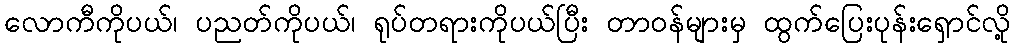
လောကီကိုပယ်၊ ပညတ်ကိုပယ်၊ ရုပ်တရားကိုပယ်ပြီး တာဝန်များမှ ထွက်ပြေးပုန်းရှောင်လို့